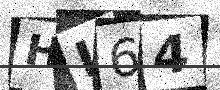
Text: HL64